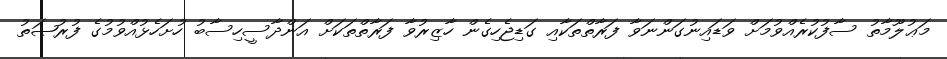
މަޢުލޫމާތު ސާފުކުރެއްވުމަށް ވަޑައިނުގަންނަވާ ފަރާތްތަކާއި ގަޑިޖެހިގެން ހާޒިރުވާ ފަރާތްތަކަށް އަންދާސީހިސާބު ހުށަހެޅުއްވުމުގެ ފުރުޞަތު